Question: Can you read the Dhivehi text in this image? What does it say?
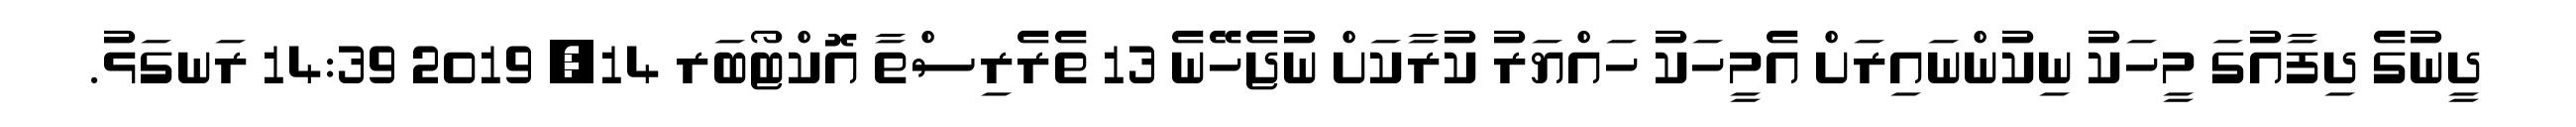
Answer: ދީނުގެ ދިފާއުގަ މީހަކު ނިކުންނައިރަށް އެމީހަކު ހައްޔަރު ކުރާކަށް ނުޖެހޭނެ 13 ތެރެރިސްތާ އޮކްޓޯބަރ 14, 2019 14:39 ރަނގަޅު.